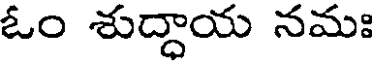
ఓం శుద్ధాయ నమః